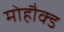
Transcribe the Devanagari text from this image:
मोहौक्ड